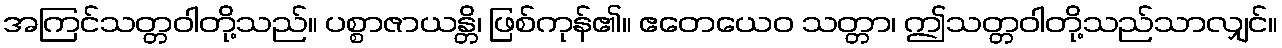
အကြင်သတ္တဝါတို့သည်။ ပစ္စာဇာယန္တိ၊ ဖြစ်ကုန်၏။ ဧတေယေဝ သတ္တာ၊ ဤသတ္တဝါတို့သည်သာလျှင်။